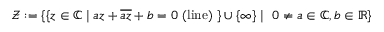
{ \mathcal { Z } } : = \{ \{ z \in \mathbb { C } \mid a z + { \overline { { a z } } } + b = 0 \ { \mathrm { ( l i n e ) } } \ \} \cup \{ \infty \} \mid \ 0 \neq a \in \mathbb { C } , b \in \mathbb { R } \}